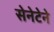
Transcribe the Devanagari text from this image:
सेनेटेने